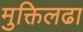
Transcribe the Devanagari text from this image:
मुक्तिलढा